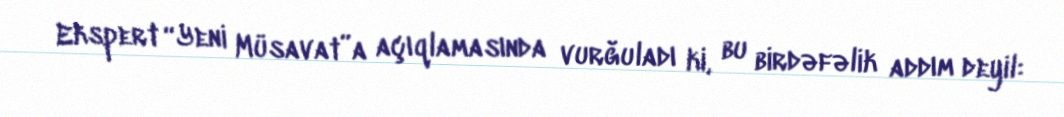
Ekspert “Yeni Müsavat”a açıqlamasında vurğuladı ki, bu birdəfəlik addım deyil: